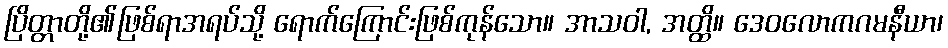
ပြိတ္တာတို့၏ဖြစ်ရာအရပ်သို့ ရောက်ကြောင်းဖြစ်ကုန်သော။ အာသဝါ, အတ္ထိ။ ဒေဝလောကဂမနီယာ၊